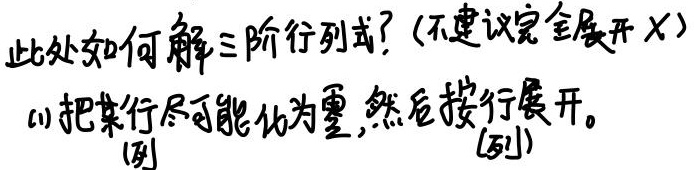
此处如何解三阶行列式？(不建议完全展开✗)
(1) 把某行尽可能化为零，然后按行展开。
(列) (列)